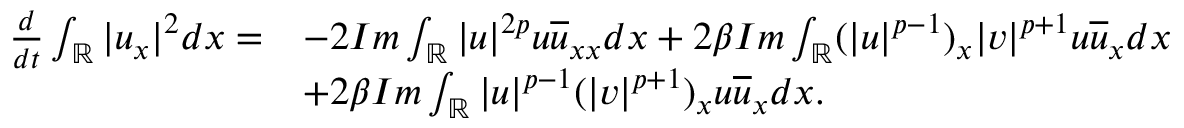
\begin{array} { r l } { \frac { d } { d t } \int _ { \mathbb { R } } | u _ { x } | ^ { 2 } d x = } & { - 2 I m \int _ { \mathbb { R } } | u | ^ { 2 p } u \overline { { u } } _ { x x } d x + 2 \beta I m \int _ { \mathbb { R } } ( | u | ^ { p - 1 } ) _ { x } | v | ^ { p + 1 } u \overline { { u } } _ { x } d x } \\ & { + 2 \beta I m \int _ { \mathbb { R } } | u | ^ { p - 1 } ( | v | ^ { p + 1 } ) _ { x } u \overline { { u } } _ { x } d x . } \end{array}